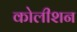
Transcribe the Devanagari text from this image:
कोलीशन